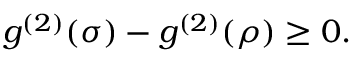
g ^ { ( 2 ) } ( \sigma ) - g ^ { ( 2 ) } ( \rho ) \geq 0 .